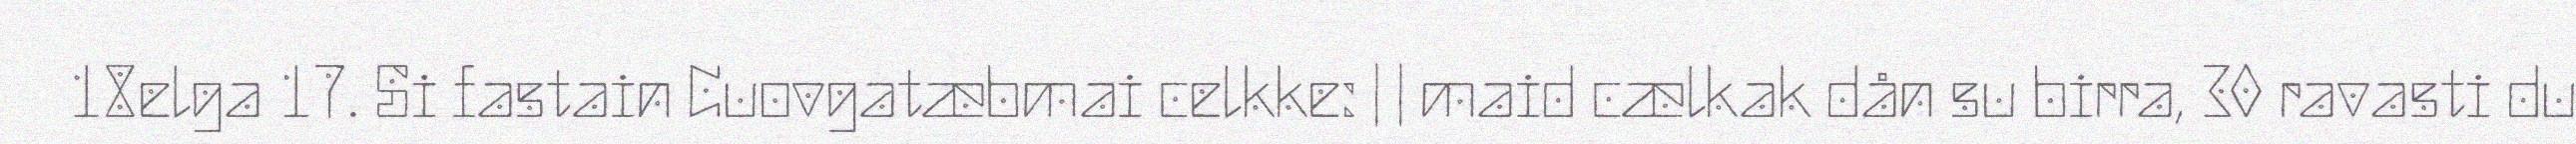
18elga 17. Si fastain Cuovgatæbmai celkke: | | maid cælkak dån su birra, 30 ravasti du